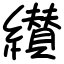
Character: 纉